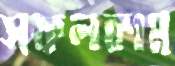
সফলকাম